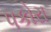
પકોરા